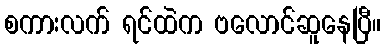
စကားလက် ရင်ထဲက ဗလောင်ဆူနေပြီ။